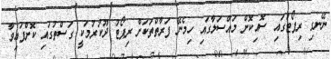
ނޭނގި ރިޕޯޓުގައި ސޮއިކޮށް މައްސަލާގައި ހިމެނޭ ފަރާތްތަކަށް ރިޕޯޓު ދޫކުރުމަކީ ގަސްތުގައި ކޮށްފައިވާ